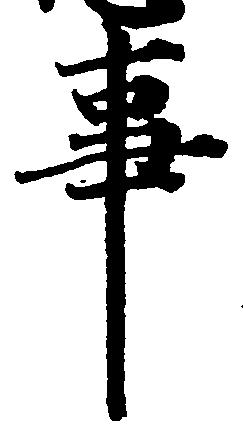
事